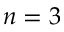
n = 3